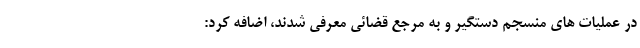
در عملیات های منسجم دستگیر و به مرجع قضائی معرفی شدند، اضافه کرد: